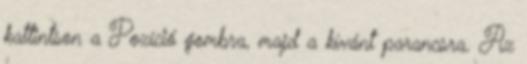
kattintson a Pozíció gombra, majd a kívánt parancsra. Az